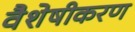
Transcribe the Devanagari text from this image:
वैशेषीकरण